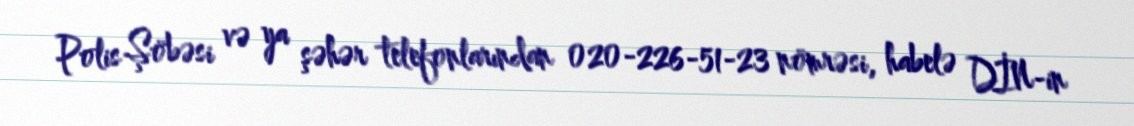
Polis Şöbəsi və ya şəhər telefonlarından 020-226-51-23 nömrəsi, habelə DİN-in